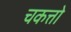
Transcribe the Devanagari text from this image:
चकत्तो